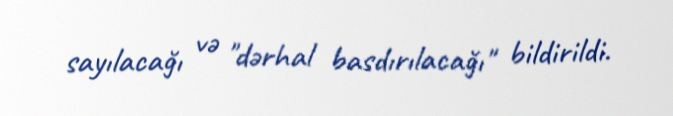
sayılacağı və "dərhal basdırılacağı" bildirildi.